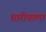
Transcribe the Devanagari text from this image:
धारीवाला